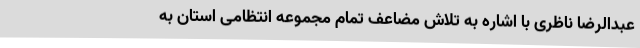
عبدالرضا ناظری با اشاره به تلاش مضاعف تمام مجموعه انتظامی استان به